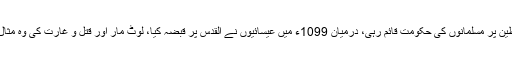
اس کے بعد بارہ سو سال تک فلسطین پر مسلمانوں کی حکومت قائم رہی، درمیان 1099ء میں عیسائیوں نے القدس پر قبضہ کیا، لوٹ مار اور قتل و غارت کی وہ مثال قائم کی جس کی نظیر نہیں ملتی۔